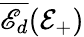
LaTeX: \overline{{\mathscr{E}_{d}}}(\mathcal{E}_{+})